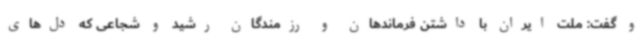
و گفت: ملت ایران با داشتن فرماندهان و رزمندگان رشید و شجاعی که دل‌های